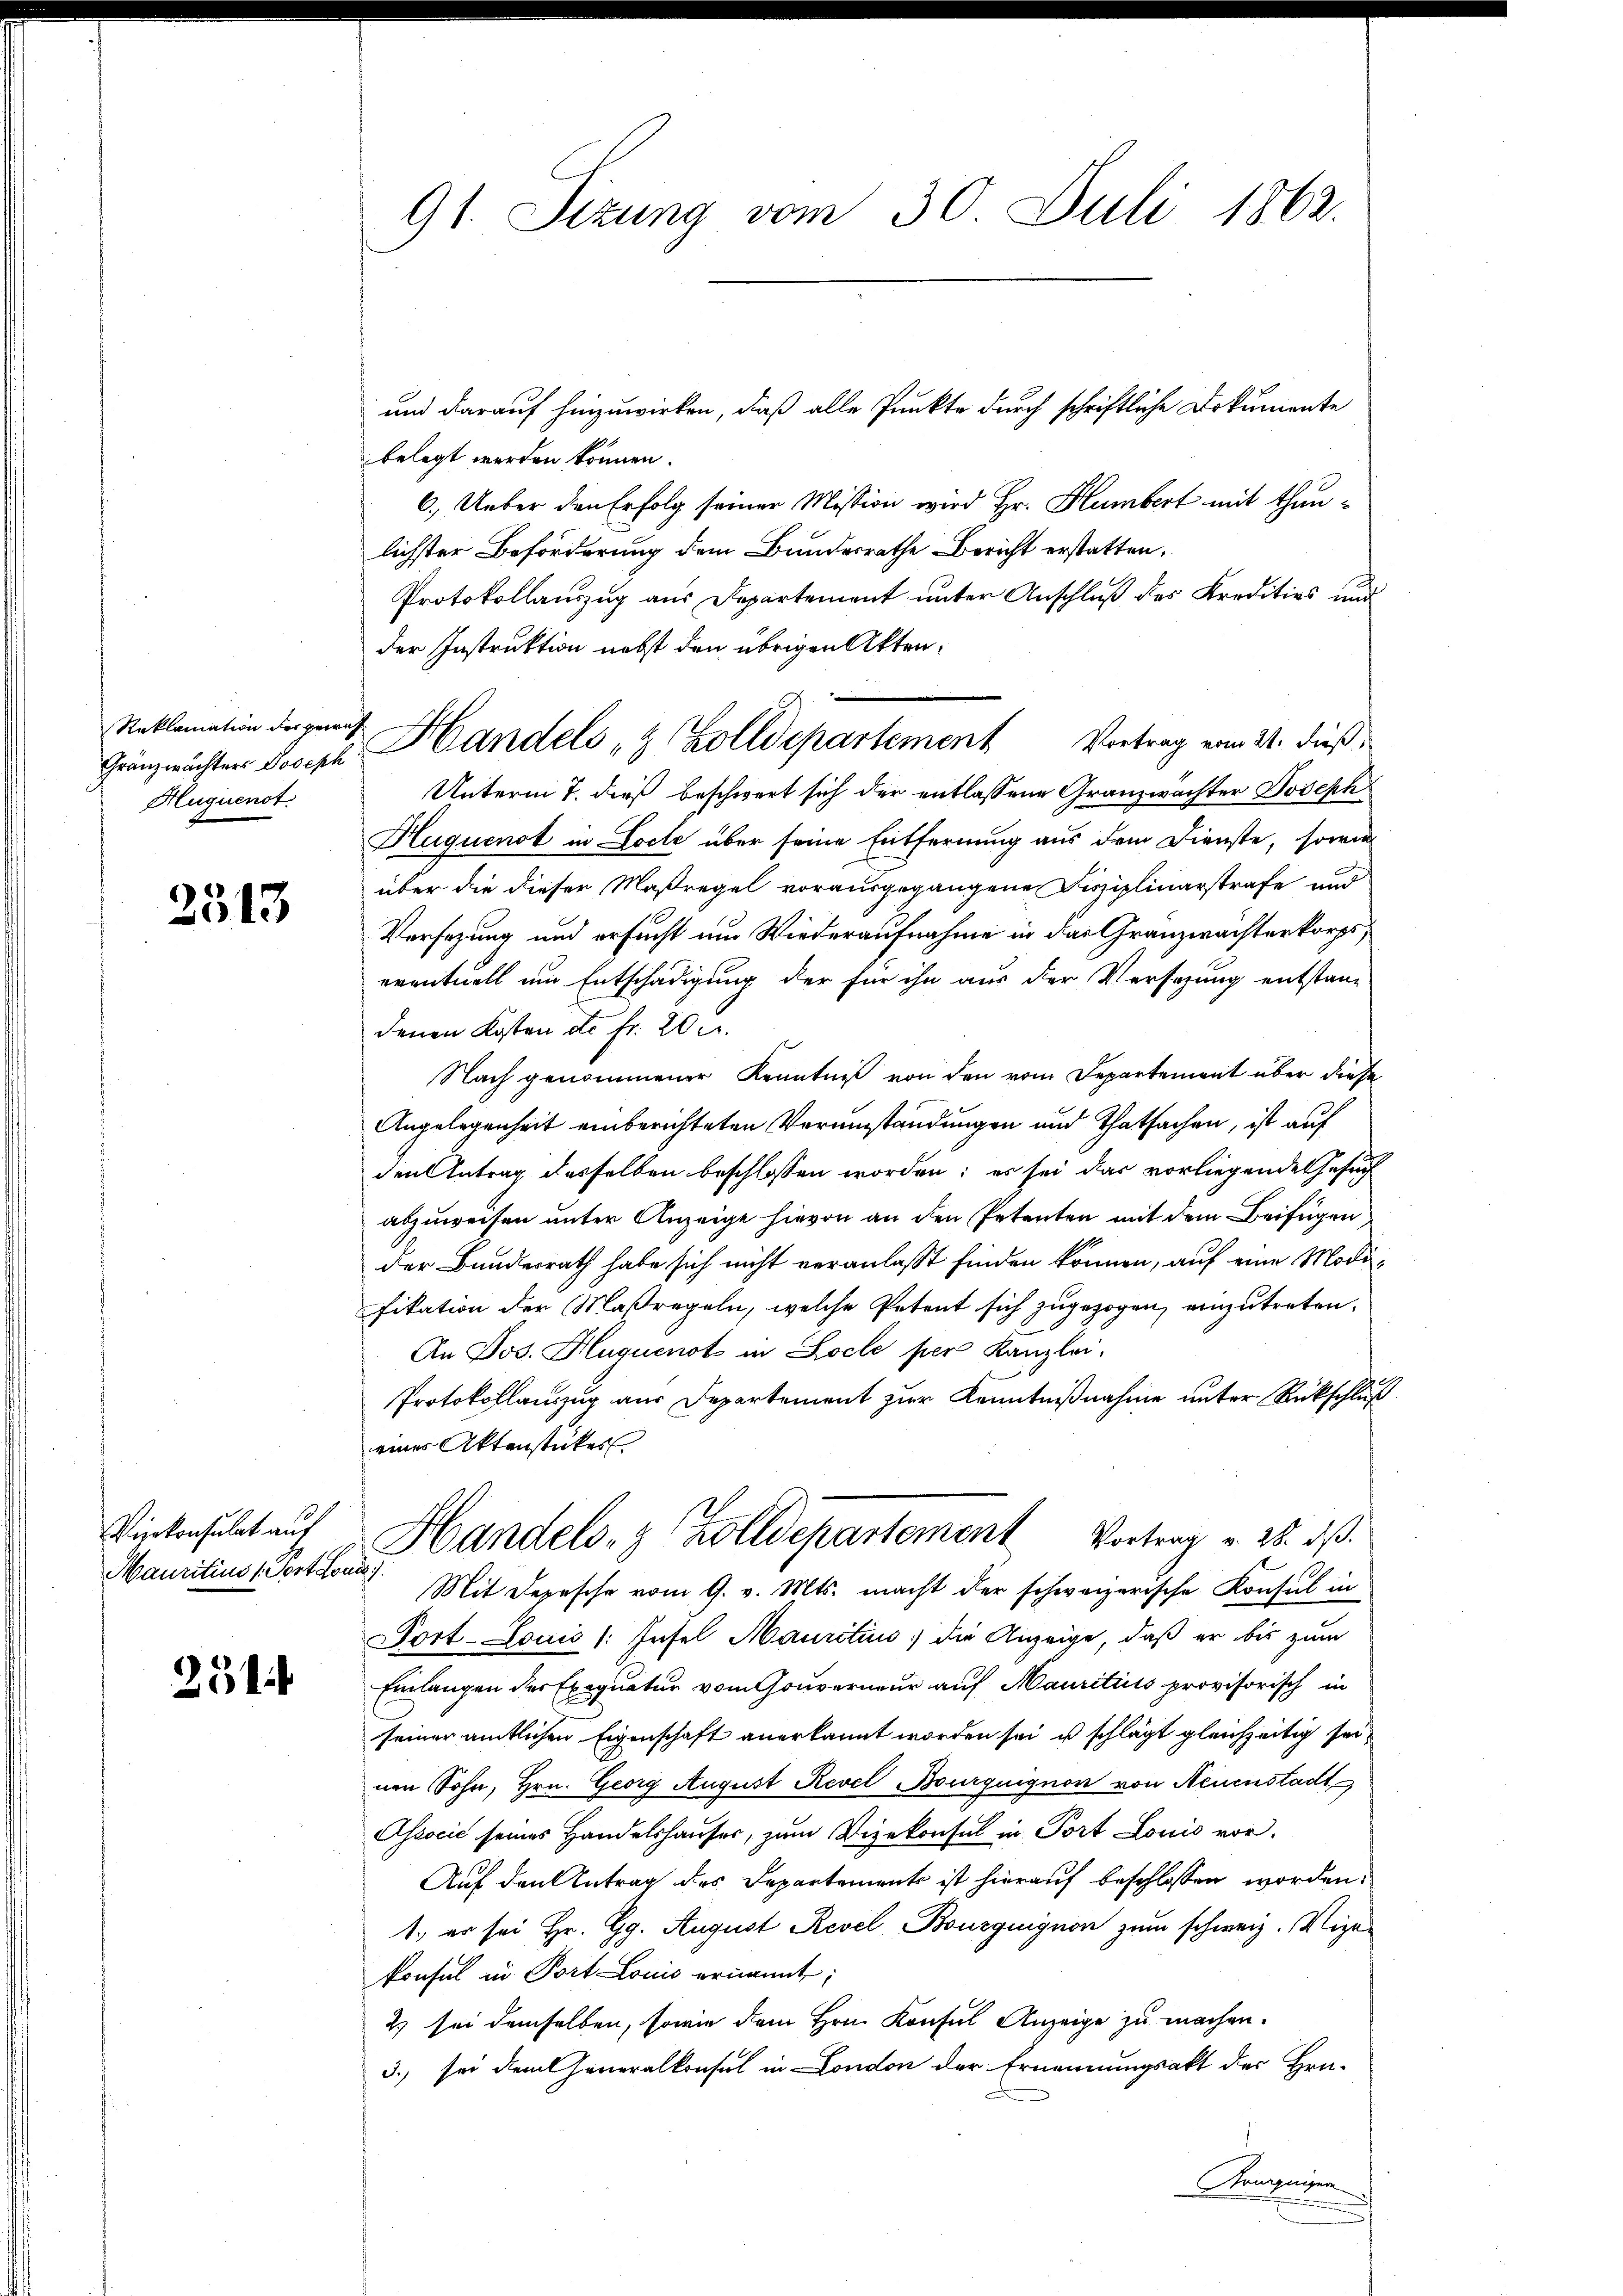
Reklamation der gewich
Gränzwächters Joseph
Huquenst.

2513

Vierkonsulat auf
Mauritius (Fort Louis

251

91. Sizung vom 30. Juli 1862.

belegt werden können.
6.) Ueber den Erfolg seiner Mission wird Hr. Humbert mit thunlichster Beförderung dem Bundesrathe Bericht erstatten,
Protokollauszug aus Departement unter Anschluß des Kreditios und
der Instruktion nebst den übrigen Akten¬
Unterm 7. dieß beschwert sich der entlassene Granzwächter Joseph
Huquenst in Locke über seine Entfernung aus dem Dienste, sowie
über die dieser Maßregel vorausgegangene Disziplinarstrafe und
Versezung und ersucht um Wiederaufnahme in das Granzwachterkorps,
eventuell um Entschädigung der für ihn aus der Versezung entstan-
denen Kosten de fr. 20.
Nach genommener Kenntniß von den vom Departement über diese
Angelegenheit einberichteten Verumständungen und Thatsachen, ist auf
den Antrag desselben beschlossen worden; es sei das vorliegende Gesuch
abzuweisen unter Anzeige hievon an den Petenten mit dem Beifügen
der Bunderrath habe sich nicht veranlaßt finden können, auf eine Modifikation der Maßregeln, welche Petent sich zugezogen, einzutreten.
An Jos. Hluquenot in Locle per Kanzlei.
Protokollauszug aus Departement zur Kenntnißnahme unter Rückschluß
eines Aktenstückes
Handels- & Zolldepartement Vortrag v. 28. ds.
Mit Depesche vom 9. v. Mts. macht der schweizerische Konsul in
Fort-Louis (Insel Mauritius die Anzeige, daß er bis zum
Einlangen der Exequatur vom Gouverneur auf Mauriticis provisorisch in
seiner amtlichen Eigenschaft anerkannt worden sei u schlägt gleichzeitig seinen Sohn, Hrn. Georg August Revel Bourquignon von Neuenstadt
Associć seines Handelshauser, zum Vizekonsul in Port Louis vor.
Auf den Antrag des Departements ist hierauf beschlossen worden.
1., er sei Hr. Gg. August Revel, Bouzguignon zum schweiz. Vigekonfel in Port Louis ernannt,
2) sei demselben, sowie dem Hrn. Konsul Anzeige zu machen.
3. sei dem Generalkonsul in London der Ernennungsakt der Hra-
Arigniser

und darauf hinzuwirken, daß alle Punkte durch schriftliche Dokumente

Handels- & Zolldepartement Vortrag vom 21. dieß,